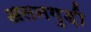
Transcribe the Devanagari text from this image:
अलनगुड़ी